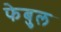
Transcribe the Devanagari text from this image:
फेबुल